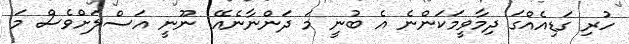
ހުރި ގަޑިއެއްގަ ދިމާވީމަކަންނެ އެ ބުނީ މަ ދަންނާނެއޭ. ނޫނީ އަސްލަށްވެސް މަ